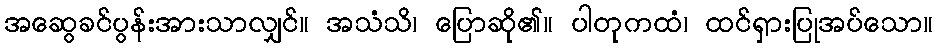
အဆွေခင်ပွန်းအားသာလျှင်။ အသံသိ၊ ပြောဆို၏။ ပါတုကထံ၊ ထင်ရှားပြုအပ်သော။